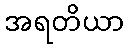
အရတိယာ